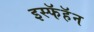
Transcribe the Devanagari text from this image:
इस्फॅहॅन